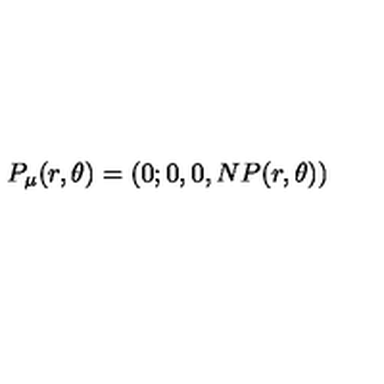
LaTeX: P _ { \mu } ( r , \theta ) = ( 0 ; 0 , 0 , N P ( r , \theta ) )